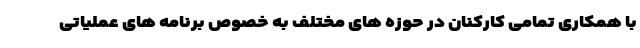
با همکاری تمامی کارکنان در حوزه های مختلف به خصوص برنامه های عملیاتی